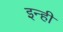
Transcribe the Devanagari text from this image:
इन्‍ही